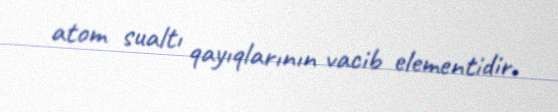
atom sualtı qayıqlarının vacib elementidir.